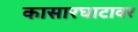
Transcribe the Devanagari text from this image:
कासारघाटावर